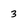
Character: 3